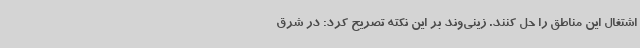
اشتغال این مناطق را حل کنند. زینی‌وند بر این نکته تصریح کرد: در شرق